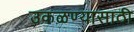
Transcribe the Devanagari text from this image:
उकळण्यासाठी